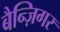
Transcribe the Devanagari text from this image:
बैन्ज़िगर